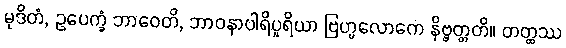
မုဒိတံ, ဥပေက္ခံ ဘာဝေတိ, ဘာဝနာပါရိပူရိယာ ဗြဟ္မလောကေ နိဗ္ဗတ္တတိ။ တတ္ထဿ